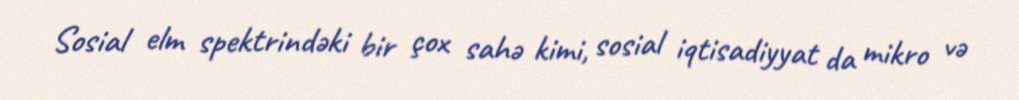
Sosial elm spektrindəki bir çox sahə kimi, sosial iqtisadiyyat da mikro və